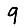
Digit: 9